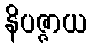
နိပဇ္ဇာယ